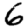
Digit: 6